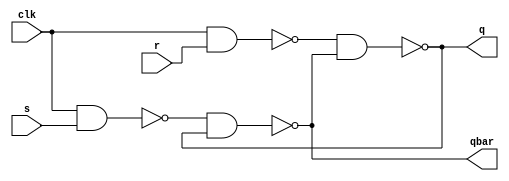
`timescale 1ns / 1ps
//////////////////////////////////////////////////////////////////////////////////
// Company: 
// Engineer: 
// 
// Design Name: 
// Module Name: sr_ff
// Project Name: 
// Target Devices: 
// Tool Versions: 
// Description: 
// 
// Dependencies: 
// 
// Revision:
// Revision 0.01 - File Created
// Additional Comments:
// 
//////////////////////////////////////////////////////////////////////////////////


module sr_ff(
    input s,
    input r,
    input clk,
    output q,
    output qbar
    );
    wire w1,w2;
    nand m1 (w1,clk,s);
    nand m2 (w2,clk,r);
    nand m3 (q,w2,qbar);
    nand m4 (qbar,w1,q);
    
endmodule